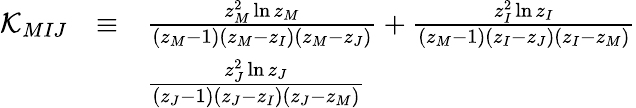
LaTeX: \begin{array}{ccl}{{\cal K\mit_{MIJ}}}&{{\equiv}}&{{\frac{z_{M}^{2}\ln z_{M}}{(z_{M}-1)(z_{M}-z_{I})(z_{M}-z_{J})}+\frac{z_{I}^{2}\ln z_{I}}{(z_{M}-1)(z_{I}-z_{J})(z_{I}-z_{M})}}}\\ {{}}&{{}}&{{\frac{z_{J}^{2}\ln z_{J}}{(z_{J}-1)(z_{J}-z_{I})(z_{J}-z_{M})}}}\end{array}